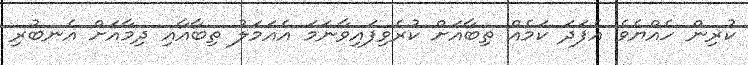
ކުރިން ހެއްޔެވެ އެފަދަ ކަމެއް ތިބާއަށް ކުރެވިފައިވާނަމަ އެއަަމަލު ތިބާއާއި ދިމާއަށް އެނބުރި